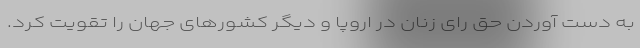
به دست آوردن حق رای زنان در اروپا و دیگر کشورهای جهان را تقویت کرد.